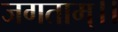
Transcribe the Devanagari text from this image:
जगताम्।।